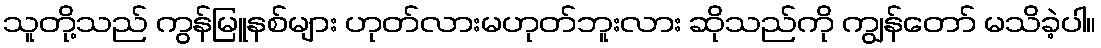
သူတို့သည် ကွန်မြူနစ်များ ဟုတ်လားမဟုတ်ဘူးလား ဆိုသည်ကို ကျွန်တော် မသိခဲ့ပါ။